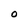
Character: O